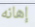
إهانه